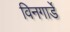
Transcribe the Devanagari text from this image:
विनगार्डे